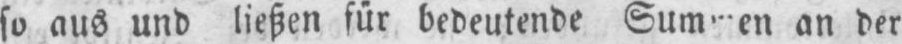
an der